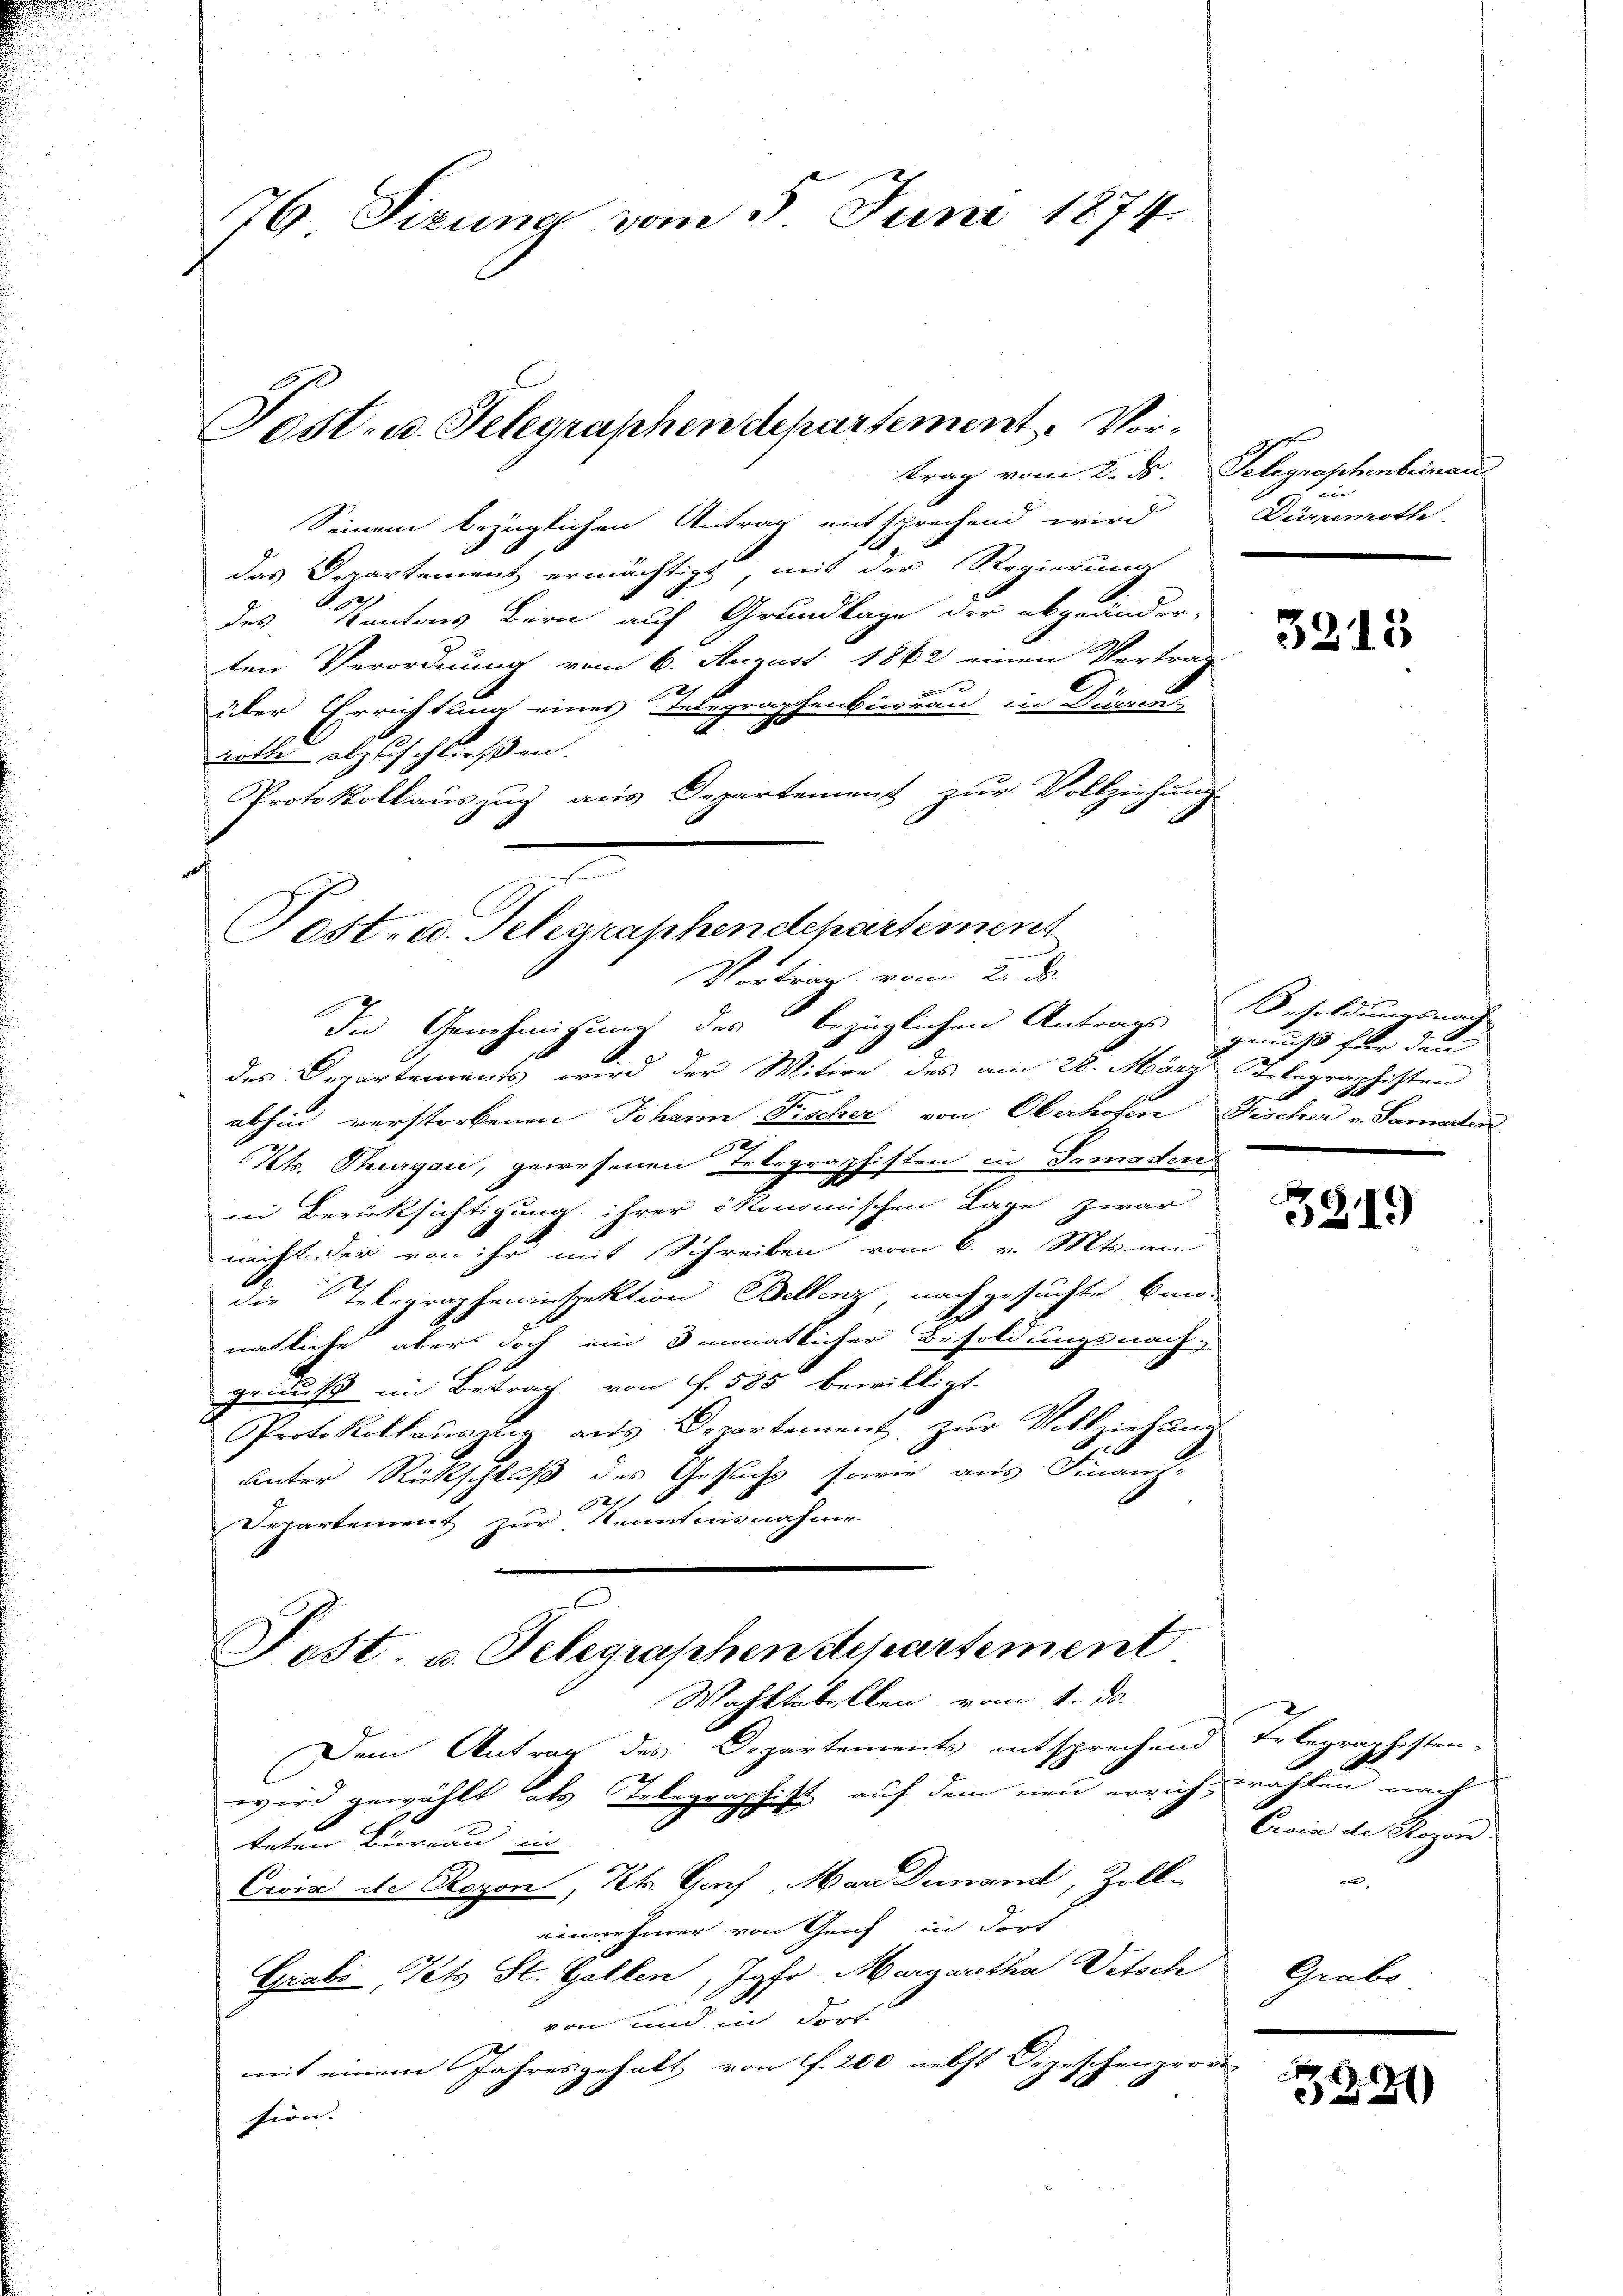
76. Sizung vom 5. Juni 1874.

trag vom 2. ds. Telegraphenbeinaus
Seinem bezüglichen Antrag entsprechend wird
das Departement ermächtigt, mit der Regierung
e
des Kantons Bern auf Grundlage der abgeänder-
ten Verordnung vom 6. August 1862 einen Vertrag

2
über Errichtung eines Telegraphenbüreau in Die-
2
rathe abzuschließen.
Protokollauszug aus Departement zur Vollziehung
t
In Genehmigung des bezüglichen Antrags genuß für den
des Departements wird der Witwe des am 28. März Telegraphisten
abhin verstorbenen Johann Fischer von Oberhofen Fischer v. Samaren
2
Kt. Thurgau, gewesenen Telegraphisten in Samoden
in Berüksichtigung ihrer ökonomischen Lage zwar
nicht der von ihr mit Schreiben vom 6. v. Mts. an
die Telegrapheninspektion Bellenz, nachgesuchte Band-
e
natliche aber doch ein 3 monatlicher Besoldungsnach-
grinsch im Betrag von f. 585 bewilligt.
Protokollauszug aus Departement, zŭr Vollziehŭng
unter Rückschluß des Gesuchs sowie aus Finanz-
1271
Departement zur Kenntnisnahme.

Post. u. Telegraphen Separtement
Wahltabellen vom 1. ds.
Dem Antrag des Departements entsprechend Telegraphisten-
wird gewählt als Telegraphist auf dem neu errich, wählen d
teten Bureau in |
Crix de Royon, Kt. Graf, Mare Dunand, Zoll-
einnehmer von Geiz in dort
Grabe (Tets St. Gallen, Jgfr. Margaretha Vetsch
von und in Fort-
fen word
mit einem Jahresgehalt von f. 200 nebst Deze
228
sion.

Sost- u. Telegraphen departement. Vor¬

e
Post. u. Telegraphendepartement
Vortrag vom 2. d

Lin
Dürrenrothe

3213

Besoldungsnach

Coin die Klagen.
d

3819

Grabs

2221